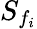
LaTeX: S_{f_{i}}